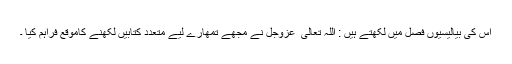
اس کی بیالیسیوں فصل میں لکھتے ہیں : اللہ تعالی ٰ عزوجل نے مجھے تمھارے لیے متعدد کتابیں لکھنے کاموقع فراہم کیا ۔